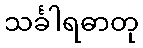
သင်္ခါရဓာတု